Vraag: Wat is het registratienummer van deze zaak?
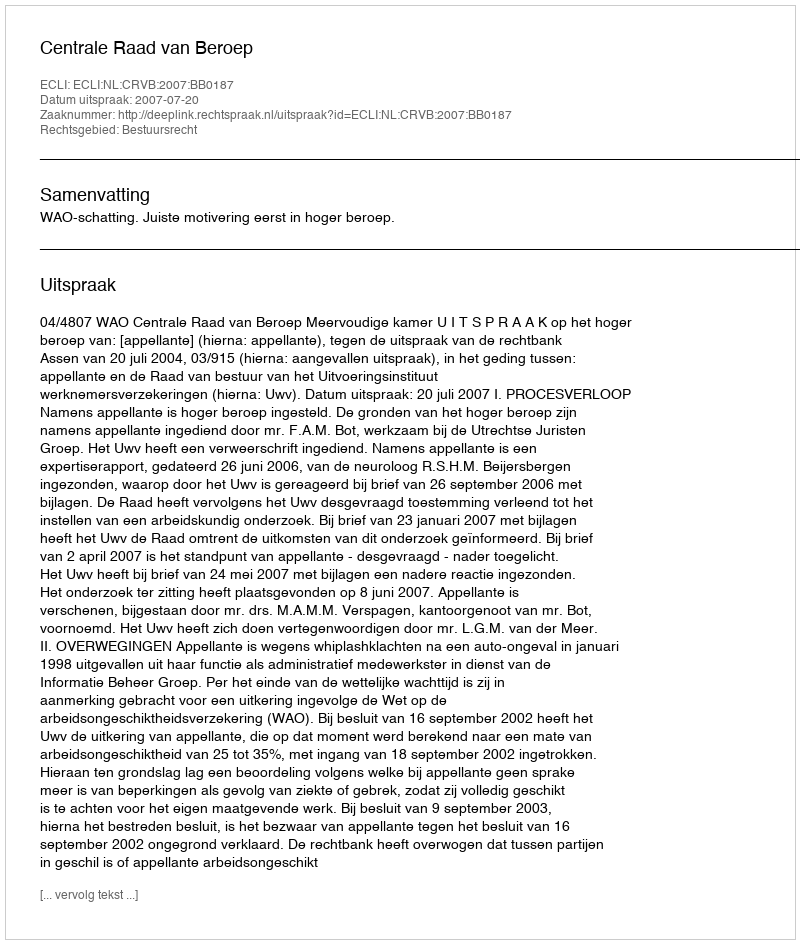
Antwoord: http://deeplink.rechtspraak.nl/uitspraak?id=ECLI:NL:CRVB:2007:BB0187